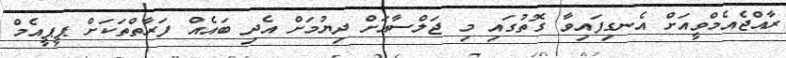
ރާއްޖެއެމްވީއަށް އެނގިފައިވާ ގޮތުގައި މި ޖަލްސާއަށް ދިޔުމަށް އެދި ބައެއް ފަރާތްތަކަށް ޕީޕީއެމް